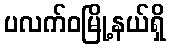
ပလက်ဝမြို့နယ်ရှိ